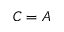
C = A